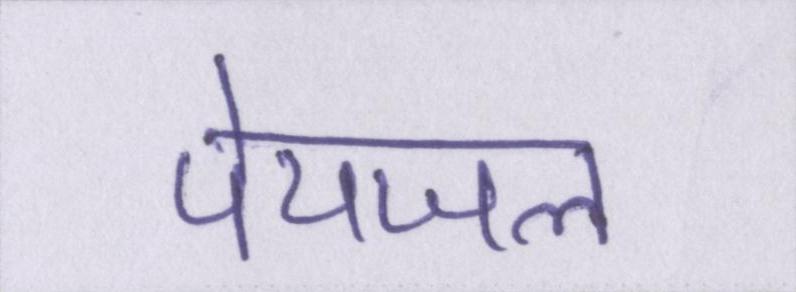
पेयजल